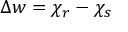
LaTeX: \Delta w = \chi _ { r } - \chi _ { s }